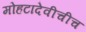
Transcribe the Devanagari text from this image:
मोहटादेवीचीच